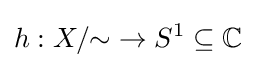
h:X/{\sim }\to S^{1}\subseteq \mathbb {C}